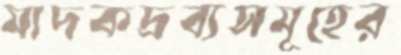
মাদকদ্রব্যসমূহের